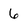
Character: 6